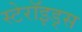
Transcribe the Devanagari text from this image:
स्टेरॉइड्स